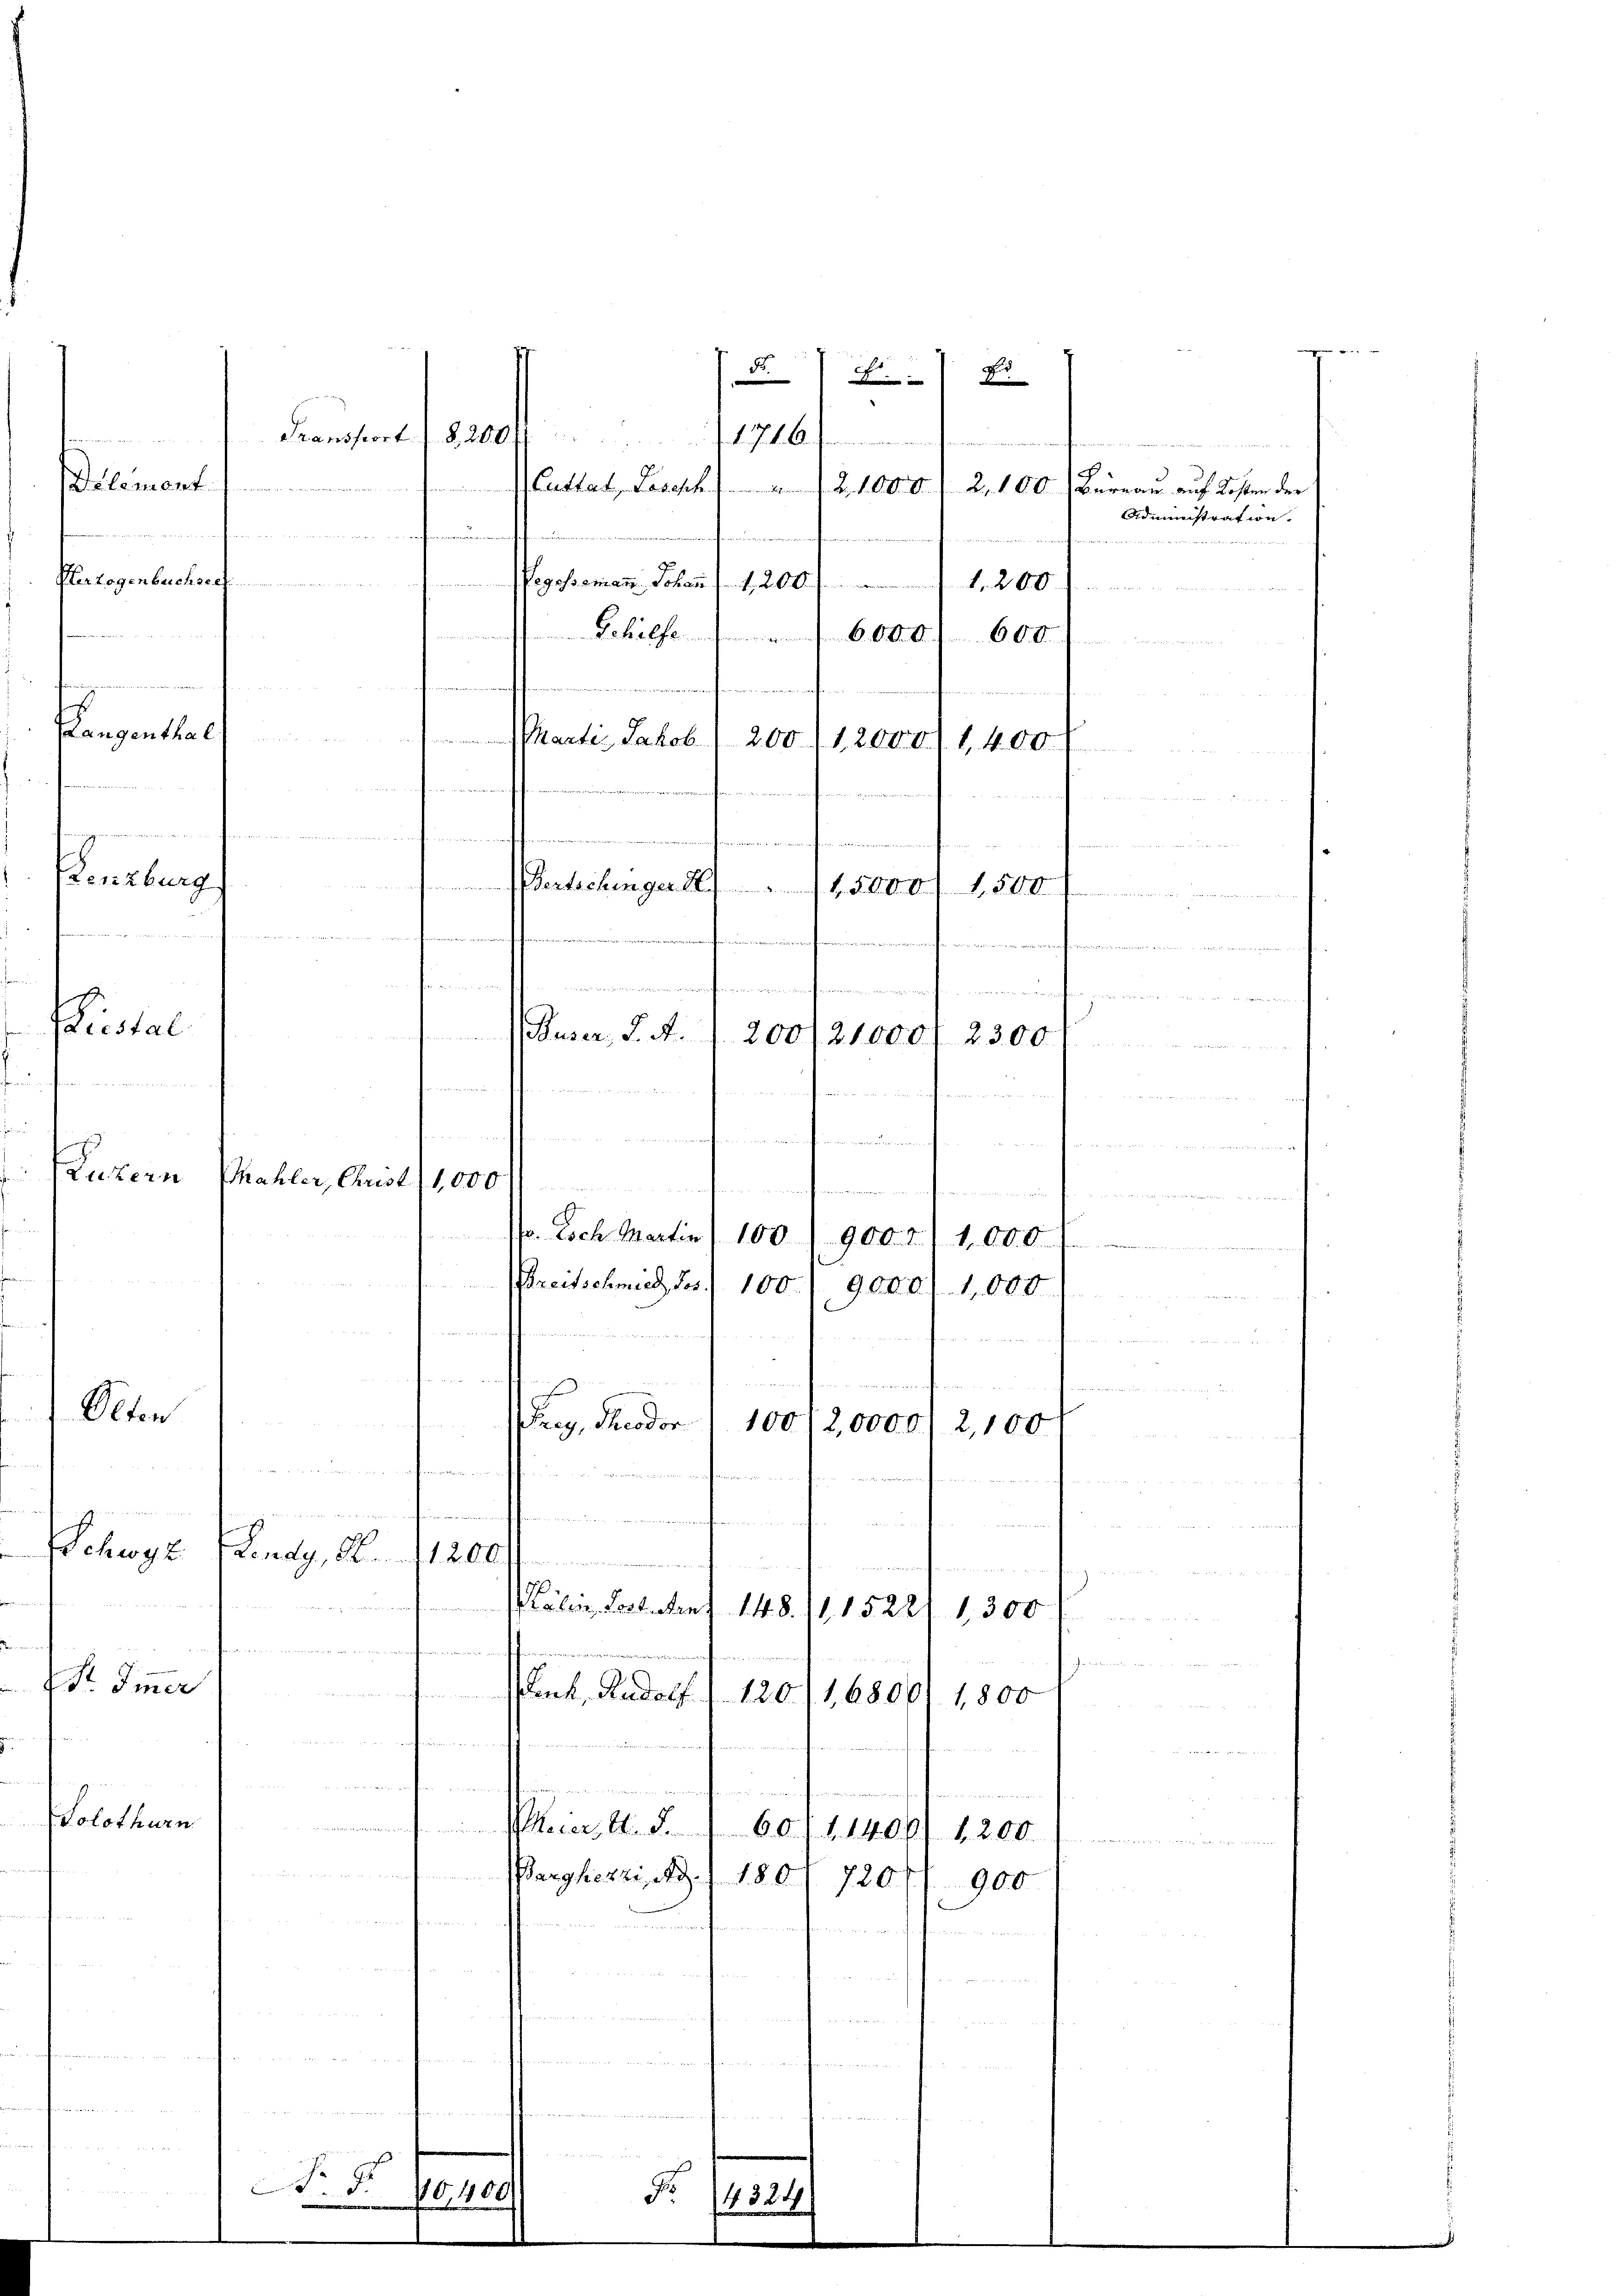
e

Langenthal
Lenzburg
iestal

Luzern

terzogenbuchsee

Delement.

Str. Immer
Solothurn

Olten

Transport z. B. 2000
.
mun
e

n
sacherstatt des et die
Schwyz (Lendy, K
h

Mahler, Christ (1,000

Nr 9

5

an

Cuttad Losesch
Gohelfe
e
t
r

Martiz, Jakob
mitten.
.
ertschenger
affammenen
i
Buser, S. A.

deren den in der Generanten
m
t.......
P. Doch Martin) 100900. 2) 1,000
Breitschmied des 100. 9000/1,000
r

e
 Feder
100/2,0000 2,100

10
e
Lälen, Last. Den 148./115221 1,300
uach
Ihr Bestimmun
Fenk, Rudolf. (120/1,6800
1,800
nauf, un

Meier, d. d.
60. 11406/ 1200
B
Parghezzi, Ao. 180. 720.
900

u
.

.

Fo

d
 E
 d. J. K. A. Gemeinem andenen
21. d. d. 2, 100 Barran auf Kosten der
urt, wie der

Pogesamian Johann 161. 200
6.000.
600.

1324

200, 12000) 1400
d
1,500
t, 5. d. d. d.
he
d
200/21000. 2300

14
Administration.
r

d